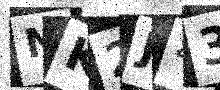
Text: NK2J43